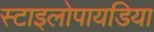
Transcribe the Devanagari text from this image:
स्टाइलोपायडिया